Bréfritari: Margrét Narfadóttir
Viðtakandi: Daníel Halldórsson
Dagsetning: A-1864-08-18
Skrifað á: Oddeyri

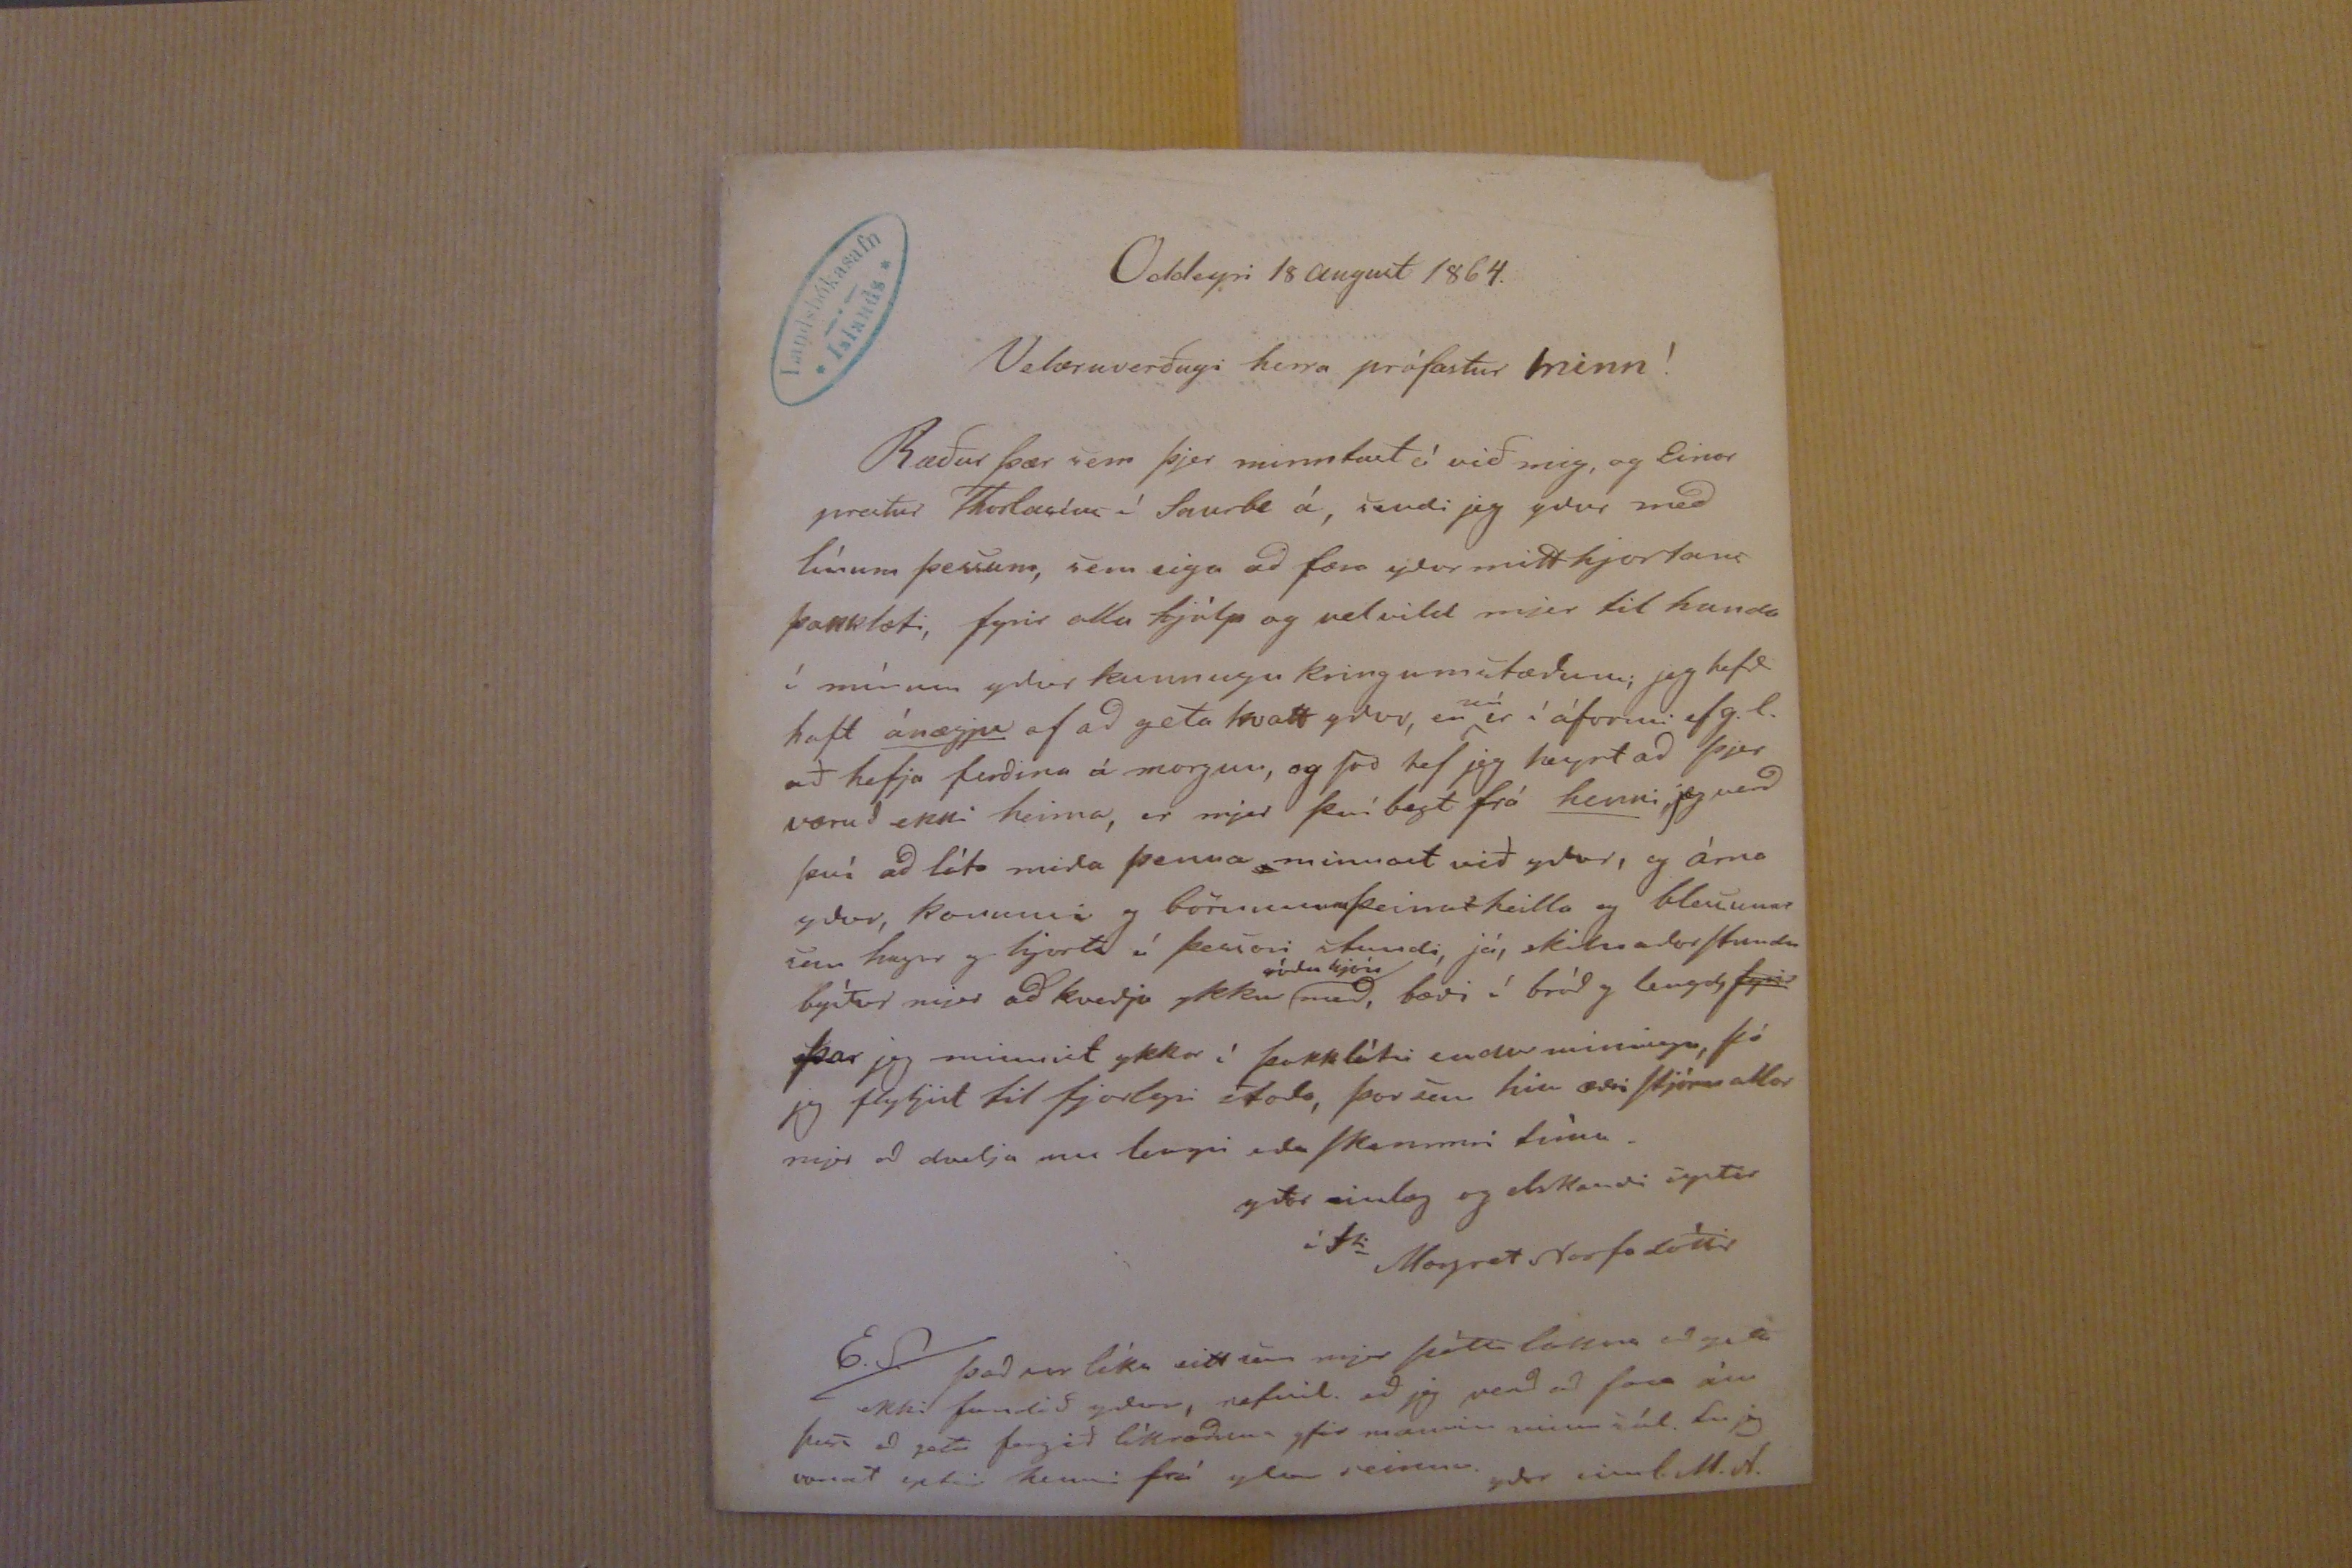

Oddeyri 18 august 1864.
Velæruverðugi herra prófastur minn!
Ræður þær sem þjer minntust á við mig, og Einar prestur Thorlasíus í Saurbæ á, sendi jeg yður með línum þessum, sem eiga að færa yður mitt hjartans þakklæti, fyrir alla hjálp og velvild mjer til handa í mínum yður kunnugu kringumstæðum; jeg hefði haft ánægju af að geta kvatt yður, en
nú
er í áform ef g.l. að hefja ferðina á morgun, og svo hef jeg heyrt að þjer væruð ekki heima, er mjer því b
agt
frá henni jeg verð því að láta miða þenna minnast við yður, og árna yðar, konunni og börnunum þeirra heila og blessunar um huga og hjarta á þessari stund; já, skilnaðarstundu býður mjer að kveðja ykkur
góðu hjón
með, bæði í bráð og lengd,
fyrir
þar jeg minnist ykkar í þakklátri endurminningu, þó jeg flytjist til fjarlegri staða, þar sem hin æðri stjórn atlar mjer að dvelja enn lengri eða skemmri tíma.
yðar einlæg og elskandi systir
í 00
Margret Narfadótir
E.S. það var líka eitt sem mjer þótti
lakara
að geta ekki fundið yður, nefnil. að jeg verð að fara án þess að geta fengið líkræður yfir mannin minn sál. En jeg vonast eptir henni frá yður seinna.
yðar einl. M. N.